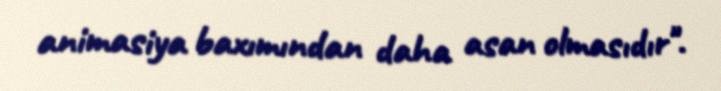
animasiya baxımından daha asan olmasıdır".